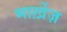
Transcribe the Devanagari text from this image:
मार्ख़ेज़